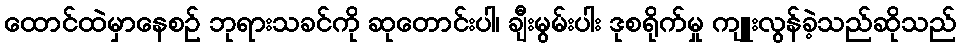
ထောင်ထဲမှာနေစဉ် ဘုရားသခင်ကို ဆုတောင်းပါ၊ ချီးမွမ်းပါး ဒုစရိုက်မှု ကျူးလွန်ခဲ့သည်ဆိုသည်